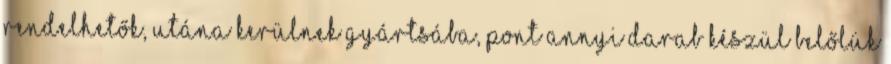
rendelhetők, utána kerülnek gyártsába, pont annyi darab készül belőlük